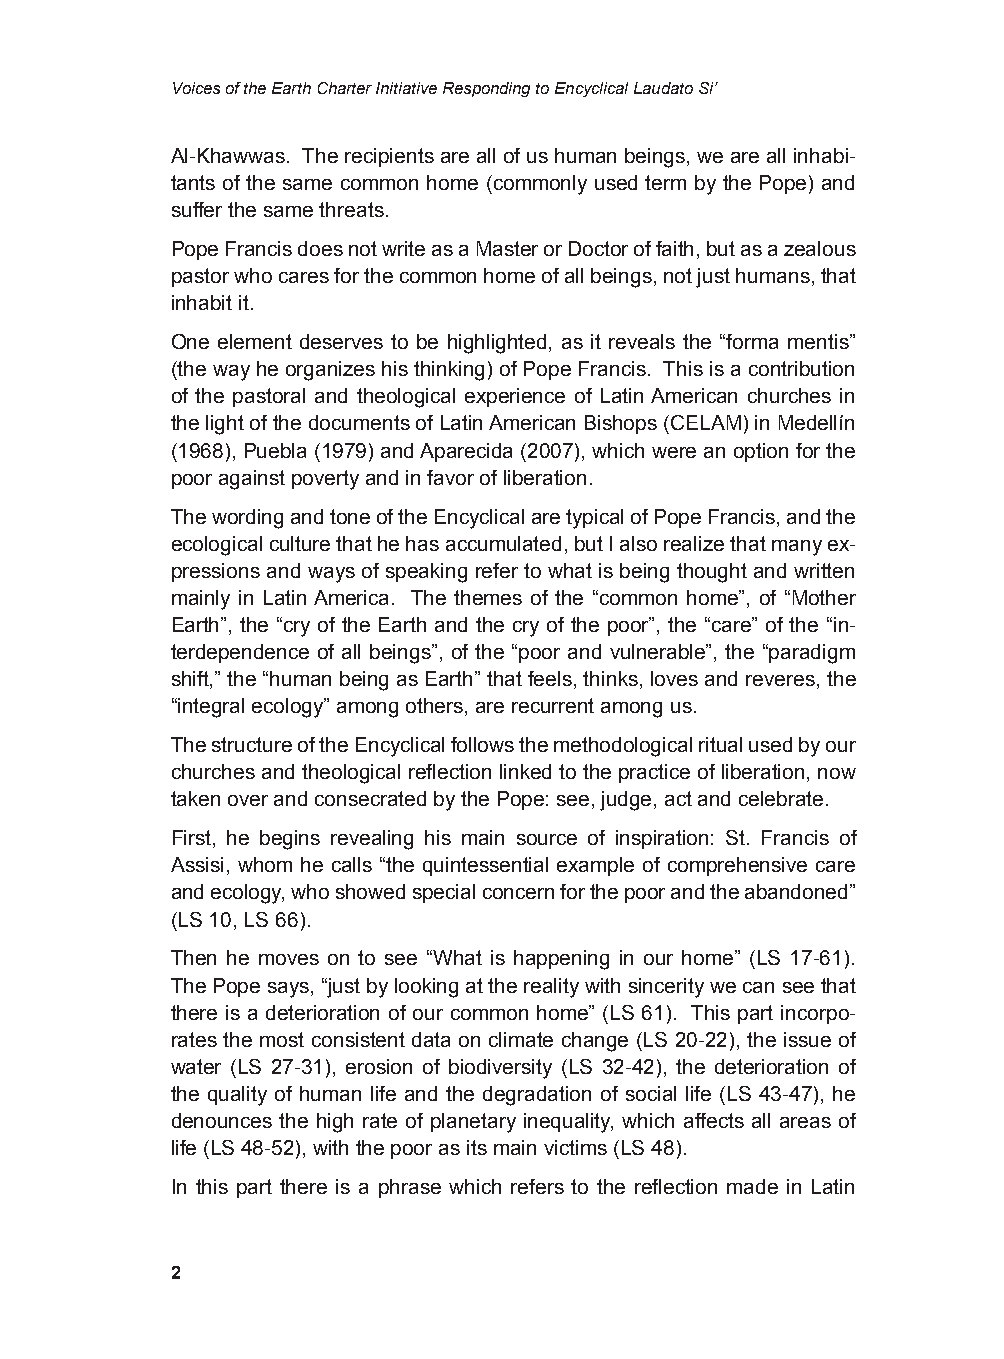
Voices of the Earth Charter Initiative Responding to Encyclical Laudato Si’
 Al-Khawwas. The recipients are all of us human beings, we are all inhabi-
 tants of the same common home (commonly used term by the Pope) and
 suffer the same threats.
 Pope Francis does not write as a Master or Doctor of faith, but as a zealous
 pastor who cares for the common home of all beings, not just humans, that
 inhabit it.
 One element deserves to be highlighted, as it reveals the “forma mentis”
 (the way he organizes his thinking) of Pope Francis. This is a contribution
 of the pastoral and theological experience of Latin American churches in
 the light of the documents of Latin American Bishops (CELAM) in Medellín
 (1968), Puebla (1979) and Aparecida (2007), which were an option for the
 poor against poverty and in favor of liberation.
 The wording and tone of the Encyclical are typical of Pope Francis, and the
 ecological culture that he has accumulated, but I also realize that many ex-
 pressions and ways of speaking refer to what is being thought and written
 mainly in Latin America. The themes of the “common home”, of “Mother
 Earth”, the “cry of the Earth and the cry of the poor”, the “care” of the “in-
 terdependence of all beings”, of the “poor and vulnerable”, the “paradigm
 shift,” the “human being as Earth” that feels, thinks, loves and reveres, the
 “integral ecology” among others, are recurrent among us.
 The structure of the Encyclical follows the methodological ritual used by our
 churches and theological reflection linked to the practice of liberation, now
 taken over and consecrated by the Pope: see, judge, act and celebrate.
 First, he begins revealing his main source of inspiration: St. Francis of
 Assisi, whom he calls “the quintessential example of comprehensive care
 and ecology, who showed special concern for the poor and the abandoned”
 (LS 10, LS 66).
 Then he moves on to see “What is happening in our home” (LS 17-61).
 The Pope says, “just by looking at the reality with sincerity we can see that
 there is a deterioration of our common home” (LS 61). This part incorpo-
 rates the most consistent data on climate change (LS 20-22), the issue of
 water (LS 27-31), erosion of biodiversity (LS 32-42), the deterioration of
 the quality of human life and the degradation of social life (LS 43-47), he
 denounces the high rate of planetary inequality, which affects all areas of
 life (LS 48-52), with the poor as its main victims (LS 48).
 In this part there is a phrase which refers to the reflection made in Latin
 2